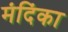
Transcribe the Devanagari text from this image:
मंदिंका